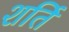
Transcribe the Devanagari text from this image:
शर्ति